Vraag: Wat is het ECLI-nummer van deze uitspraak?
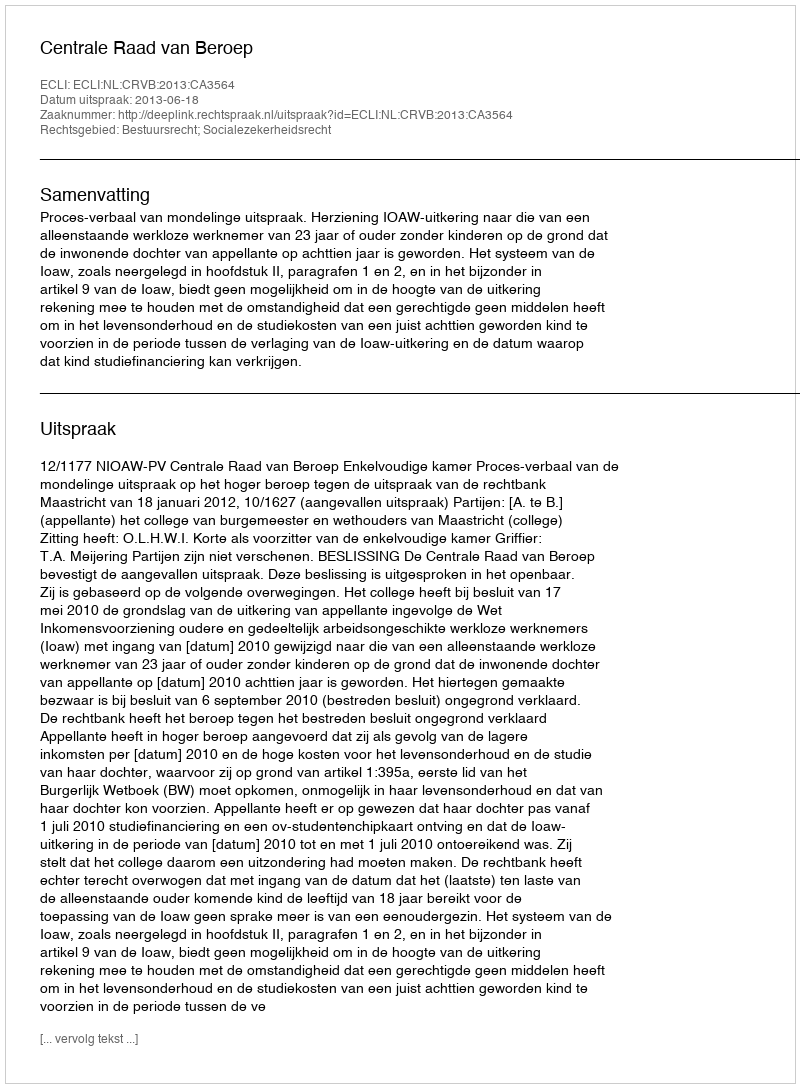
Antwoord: ECLI:NL:CRVB:2013:CA3564